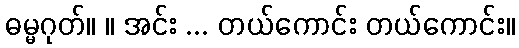
ဓမ္မဂုတ်။ ။ အင်း ... တယ်ကောင်း တယ်ကောင်း။